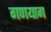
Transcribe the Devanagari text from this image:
गणयाग